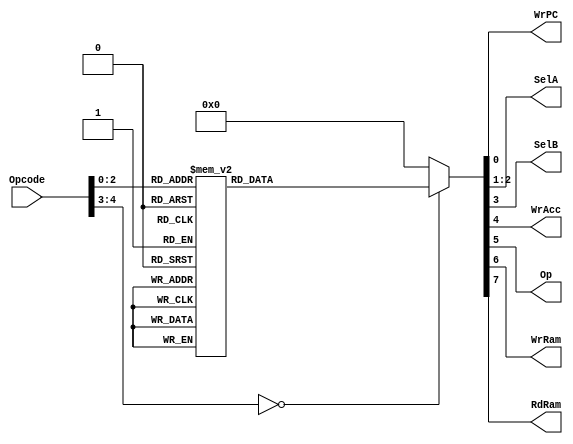
`timescale 1ns / 1ps
//////////////////////////////////////////////////////////////////////////////////
// Company: 
// Engineer: 
// 
// Design Name: 
// Module Name:    Instruction_decoder 
// Project Name: 
// Target Devices: 
// Tool versions: 
// Description: 
//
// Dependencies: 
//
// Revision: 
// Revision 0.01 - File Created
// Additional Comments: 
//
//////////////////////////////////////////////////////////////////////////////////
module Instruction_decoder
( 
output reg WrPC,
output reg [1:0] SelA,
output reg SelB,
output reg WrAcc,
output reg Op,
output reg WrRam,
output reg RdRam,
input [4:0]Opcode
);

always@*
case(Opcode)
	//HALT: WrPC=0,WrRam=0,RdRam=0
	5'b00000: 
	begin
				WrPC=0;
				SelA=2'b00;
				SelB=0;
				WrAcc=0;
				Op=0;
				WrRam=0;
				RdRam=0;
	end
	//STO: WrPC=1,WrRam=1,RdRam=0,
	5'b00001:			
	begin
				WrPC=1;
				SelA=2'b00;
				SelB=0;
				WrAcc=0;
				Op=0;
				WrRam=1;
				RdRam=0;	
	end
	//LD: WrPC=1,WrRam=0,RdRam=1,SelA=2'b00,WrAcc=1
	5'b00010:			
	begin
				WrPC=1;
				SelA=2'b00;
				SelB=0;
				WrAcc=1;
				Op=0;
				WrRam=0;
				RdRam=1;
	end
	//LDI: WrPC=1, WrRam=0, RdRam=0,WrAcc=1,SelA=2'b01
	5'b00011:			
	begin
				WrPC=1;
				SelA=2'b01;
				SelB=0;
				WrAcc=1;
				Op=0;
				WrRam=0;
				RdRam=0;
	end
	//ADD: WrPC=1,WrRam=0,RdRam=1,SelA=2'b10,SelB=0,WrAcc=1,Op=1
	5'b00100:			
	begin
				WrPC=1;
				SelA=2'b10;
				SelB=0;
				WrAcc=1;
				Op=1;
				WrRam=0;
				RdRam=1;
	end
	//ADDI: WrPC=1,WrRam=0,RdRam=0,SelA=2'b10,SelB=1,Op=1,WrAcc=1
	5'b00101:			
	begin
				WrPC=1;
				SelA=2'b10;
				SelB=1;
				WrAcc=1;
				Op=1;
				WrRam=0;
				RdRam=0;
	end
	//SUB: WrPC=1,SelA=2'b10,SelB=0,WrAcc=1,Op=0,WrRam=0,RdRam=1
	5'b00110:			
	begin
				WrPC=1;
				SelA=2'b10;
				SelB=0;
				WrAcc=1;
				Op=0;
				WrRam=0;
				RdRam=1;
	end
	//SUBI: WrPC=1,WrRam=0,RdRam=0,SelA=2'b10,SelB=1,WrAcc=1,Op=0
	5'b00111:			
	begin
				WrPC=1;
				SelA=2'b10;
				SelB=1;
				WrAcc=1;
				Op=0;
				WrRam=0;
				RdRam=0;	
	end
	default:
	begin
				WrPC=0;
				SelA=2'b00;
				SelB=0;
				WrAcc=0;
				Op=0;
				WrRam=0;
				RdRam=0;
	end
	endcase
endmodule